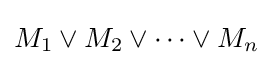
M_{1}\lor M_{2}\lor \cdots \lor M_{n}